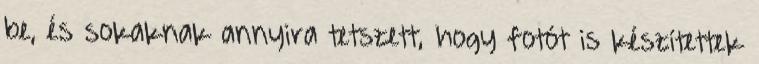
be, és sokaknak annyira tetszett, hogy fotót is készítettek